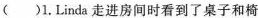
( )1.Linda 走进房间时看到了桌子和椅